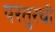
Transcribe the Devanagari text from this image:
परतुरची